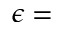
\epsilon =